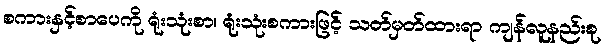
စကားနှင့်စာပေကို ရုံးသုံးစာ၊ ရုံးသုံးစကားဖြင့် သတ်မှတ်ထားရာ ကျန်လူနည်းစု